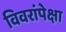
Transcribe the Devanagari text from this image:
विवरांपेक्षा